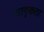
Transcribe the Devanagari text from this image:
जागृकता